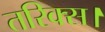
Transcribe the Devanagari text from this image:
तरिक्स।